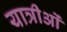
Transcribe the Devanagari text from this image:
यात्रीओं